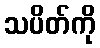
သပိတ်ကို